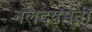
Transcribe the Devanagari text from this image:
नलदयमंती